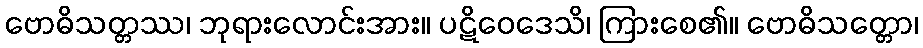
ဗောဓိသတ္တဿ၊ ဘုရားလောင်းအား။ ပဋိဝေဒေသိ၊ ကြားစေ၏။ ဗောဓိသတ္တော၊